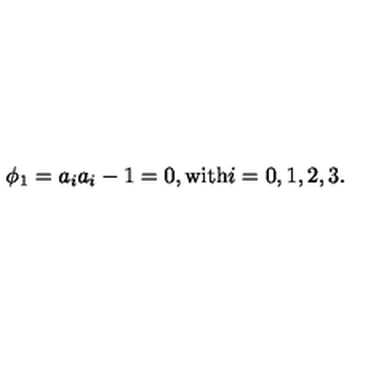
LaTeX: \phi _ { 1 } = a _ { i } a _ { i } - 1 = 0 , \mathrm { w i t h } i = 0 , 1 , 2 , 3 .